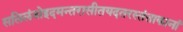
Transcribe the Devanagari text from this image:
सलिलंवोइदमन्तरासीतयदतरस्तंताकानां